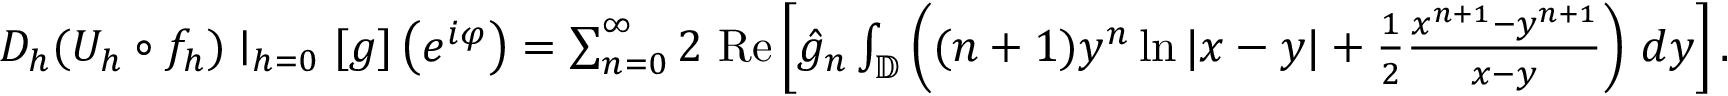
\begin{array} { r } { D _ { h } ( U _ { h } \circ f _ { h } ) \mid _ { h = 0 } [ g ] \left( e ^ { i \varphi } \right) = \sum _ { n = 0 } ^ { \infty } 2 \mathrm { \normalfont ~ R e } \left[ \hat { g } _ { n } \int _ { \mathbb { D } } \left( ( n + 1 ) y ^ { n } \ln | x - y | + \frac { 1 } { 2 } \frac { x ^ { n + 1 } - y ^ { n + 1 } } { x - y } \right) \, d y \right] . } \end{array}